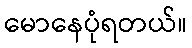
မောနေပုံရတယ်။